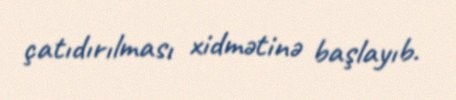
çatıdırılması xidmətinə başlayıb.